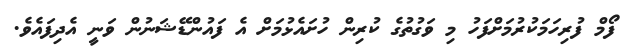
ފޯމް ފުރިހަމަކުރުމަށްފަހު މި ވަގުތުގެ ކުރިން ހުށައެޅުމަށް އެ ފައުންޑޭޝަނުން ވަނީ އެދިފައެވެ.